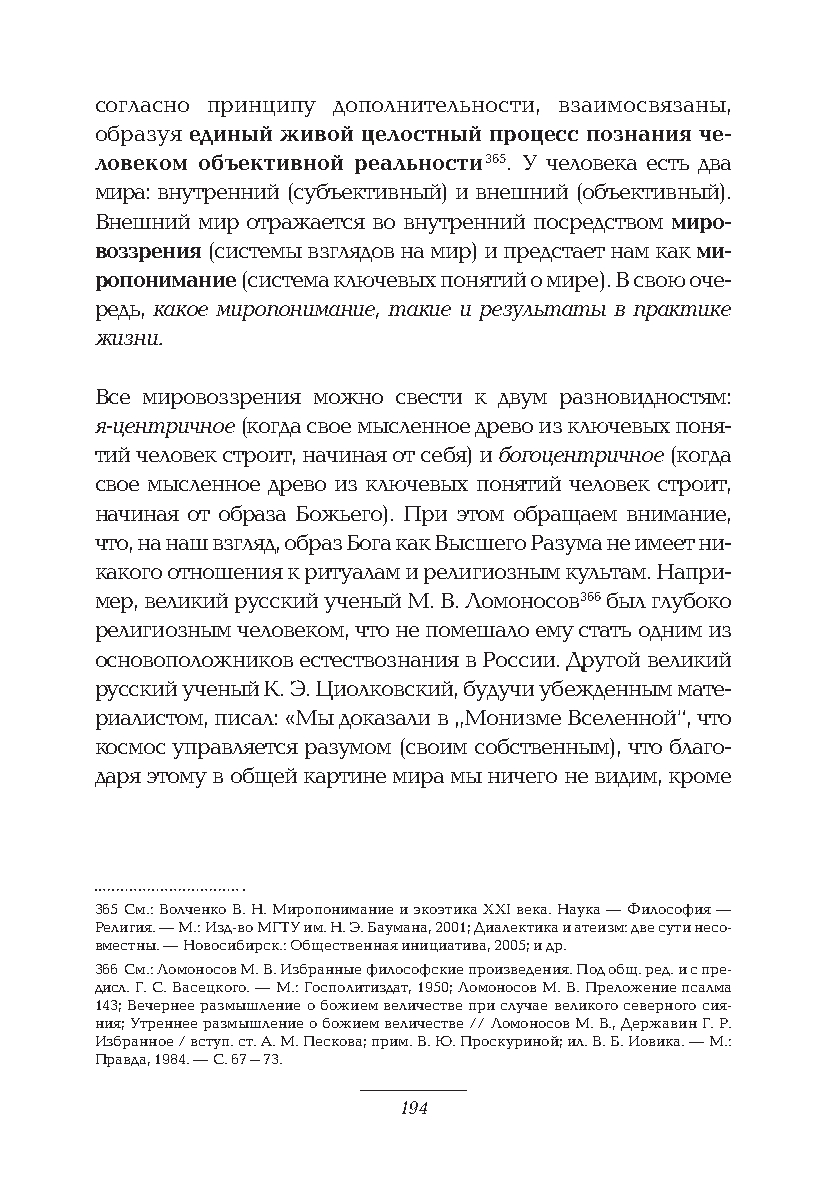
согласно принципу дополнительности, взаимосвязаны,
 образуя единый живой целостный процесс познания че-
 ловеком объективной реальности 365. У человека есть два
 мира: внутренний (субъективный) и внешний (объективный).
 Внешний мир отражается во внутренний посредством миро-
 воззрения (системы взглядов на мир) и предстает нам как ми-
 ропонимание (система ключевых понятий о мире). В свою оче-
 редь, какое миропонимание, такие и результаты в практике
 жизни.
 Все мировоззрения можно свести к двум разновидностям:
 я-центричное (когда свое мысленное древо из ключевых поня-
 тий человек строит, начиная от себя) и богоцентричное (когда
 свое мысленное древо из ключевых понятий человек строит,
 начиная от образа Божьего). При этом обращаем внимание,
 что, на наш взгляд, образ Бога как Высшего Разума не имеет ни-
 какого отношения к ритуалам и религиозным культам. Напри-
 мер, великий русский ученый М. В. Ломоносов 366 был глубоко
 религиозным человеком, что не помешало ему стать одним из
 основоположников естествознания в России. Другой великий
 русский ученый К. Э. Циолковский, будучи убежденным мате-
 риалистом, писал: «Мы доказали в „Монизме Вселенной“, что
 космос управляется разумом (своим собственным), что благо-
 даря этому в общей картине мира мы ничего не видим, кроме
 365 См.: Волченко В. Н. Миропонимание и экоэтика XXI века. Наука — Философия —
 Религия. — М.: Изд-во МГТУ им. Н. Э. Баумана, 2001; Диалектика и атеизм: две сути несо-
 вместны. — Новосибирск.: Общественная инициатива, 2005; и др.
 366 См.: Ломоносов М. В. Избранные философские произведения. Под общ. ред. и с пре-
 дисл. Г. С. Васецкого. — М.: Госполитиздат, 1950; Ломоносов М. В. Преложение псалма
 143; Вечернее размышление о божием величестве при случае великого северного сия-
 ния; Утреннее размышление о божием величестве // Ломоносов М. В., Державин Г. Р.
 Избранное / вступ. ст. А. М. Пескова; прим. В. Ю. Проскуриной; ил. В. Б. Иовика. — М.:
 Правда, 1984. — С. 67–73.
 194